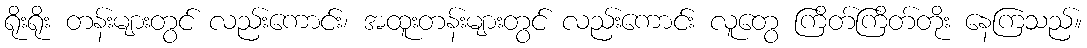
ရိုးရိုး တန်းများတွင် လည်းကောင်း၊ အထူးတန်းများတွင် လည်းကောင်း လူတွေ ကြိတ်ကြိတ်တိုး နေကြသည်။